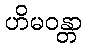
ဟိမဝန္တာ